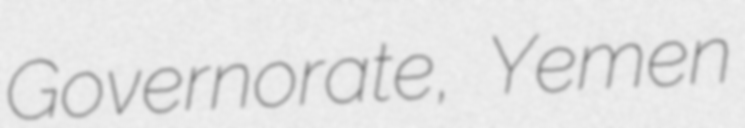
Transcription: Governorate, Yemen